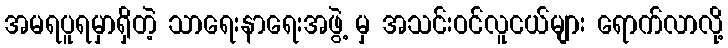
အမရပူရမှာရှိတဲ့ သာရေးနာရေးအဖွဲ့ မှ အသင်းဝင်လူငယ်များ ရောက်လာလို့